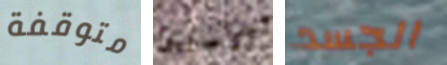
متوقفة الأصليين الجسد